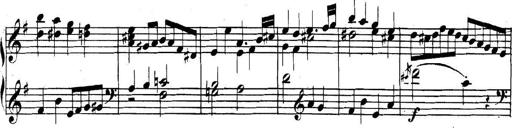
Title: Collected Piano Sonatas
Composer: Muzio Clementi